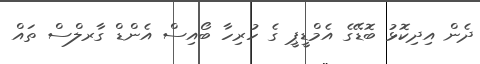
ދެން އިދިކޮޅު ބޮޑޭގެ އެމްޑީޕީ ގެ ހުރިހާ ބޯއިސް އެންޑް ގާރލްސް ތައް